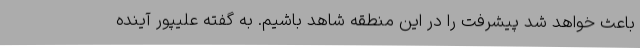
باعث خواهد شد پیشرفت را در این منطقه شاهد باشیم. به گفته علیپور آینده